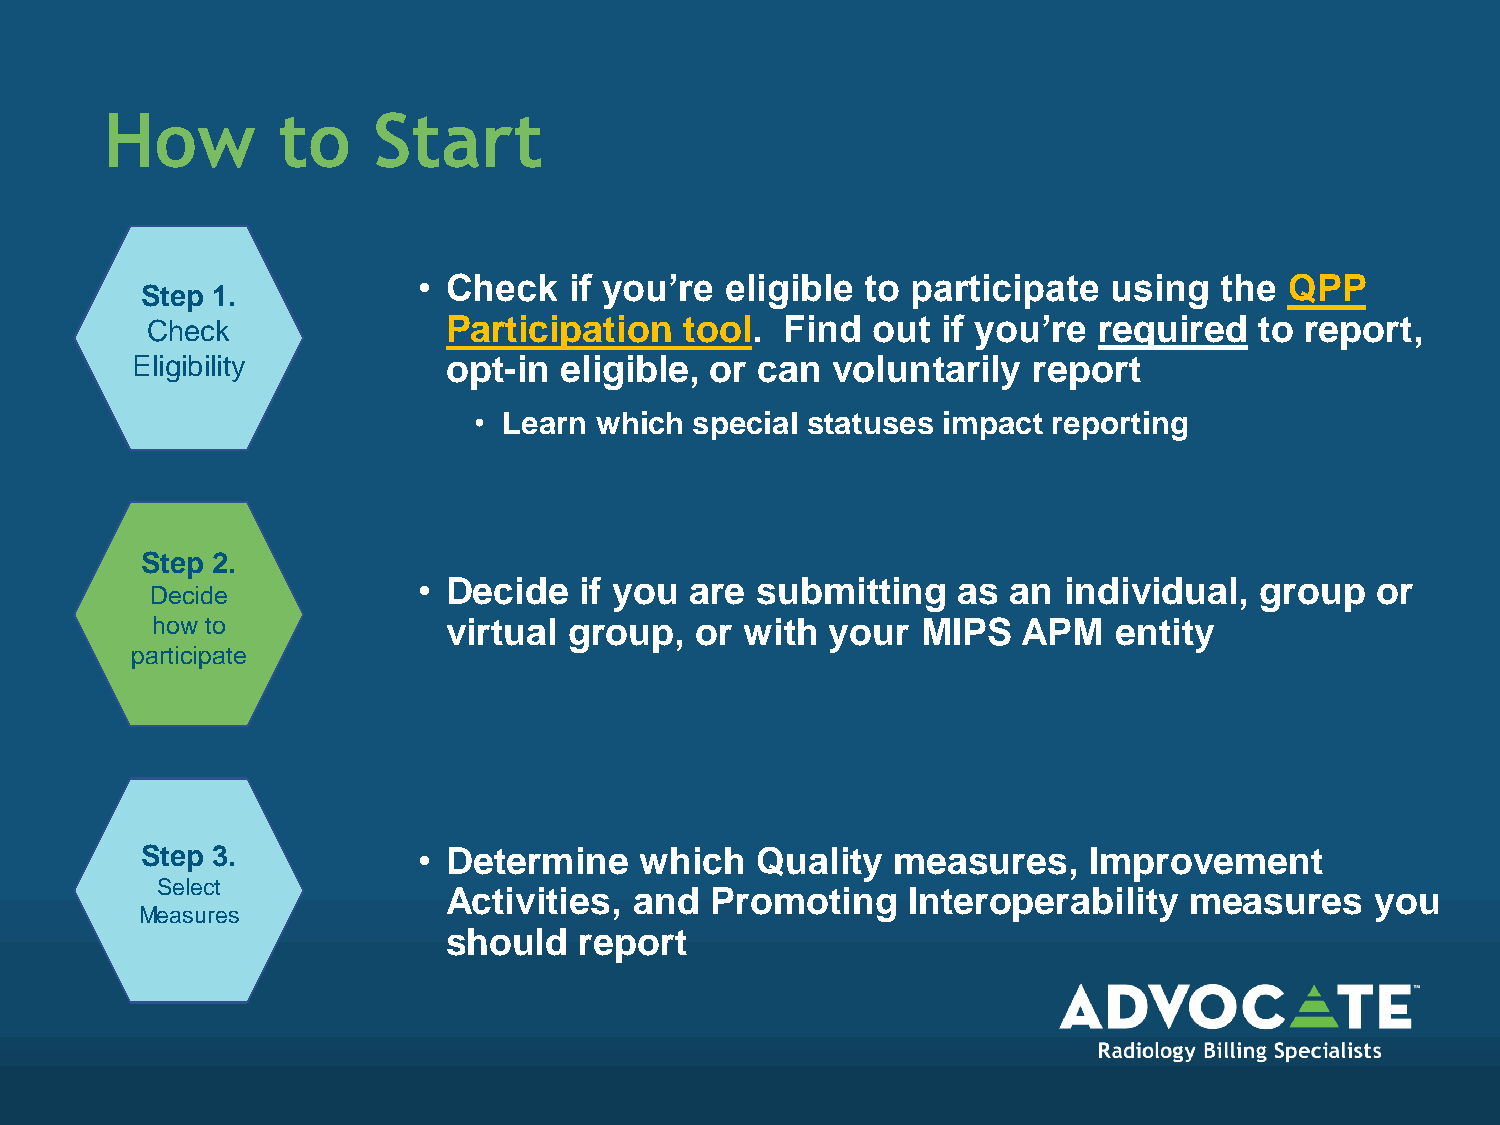
How        to     Start
 • Check   if you’re eligible to participate  using   the QPP
 Step 1.
 Check               Participation  tool.  Find  out if you’re  required  to report,
 Eligibility          opt-in eligible, or can  voluntarily  report
 • Learn which  special statuses impact reporting
 Step 2.
 • Decide  if you  are submitting   as  an individual,  group   or
 Decide
 how to              virtual group,  or with  your  MIPS   APM   entity
 participate
 Step 3.            • Determine   which   Quality  measures,    Improvement
 Select
 Activities, and  Promoting    Interoperability   measures    you
 Measures
 should  report